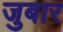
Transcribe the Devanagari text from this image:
जुबार